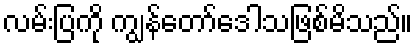
လမ်းပြကို ကျွန်တော်ဒေါသဖြစ်မိသည်။